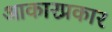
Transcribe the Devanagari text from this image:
आकारप्रकार